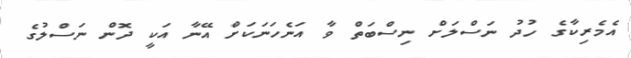
އެމެރިކާގެ ހުދު ނަސްލަށް ނިސްބަތް ވާ އަނެހަނަކަށް އޭނާ އަކީ ދޮން ނަސްލުގެ